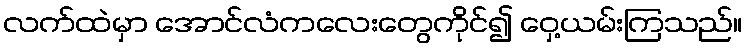
လက်ထဲမှာ အောင်လံကလေးတွေကိုင်၍ ဝှေ့ယမ်းကြသည်။